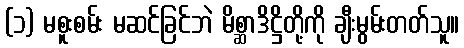
(၁) မစူးစမ်း မဆင်ခြင်ဘဲ မိစ္ဆာဒိဋ္ဌိတို့ကို ချီးမွမ်းတတ်သူ။